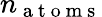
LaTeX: n_{\mathrm{~a~t~o~m~s~}}